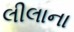
લીલાના